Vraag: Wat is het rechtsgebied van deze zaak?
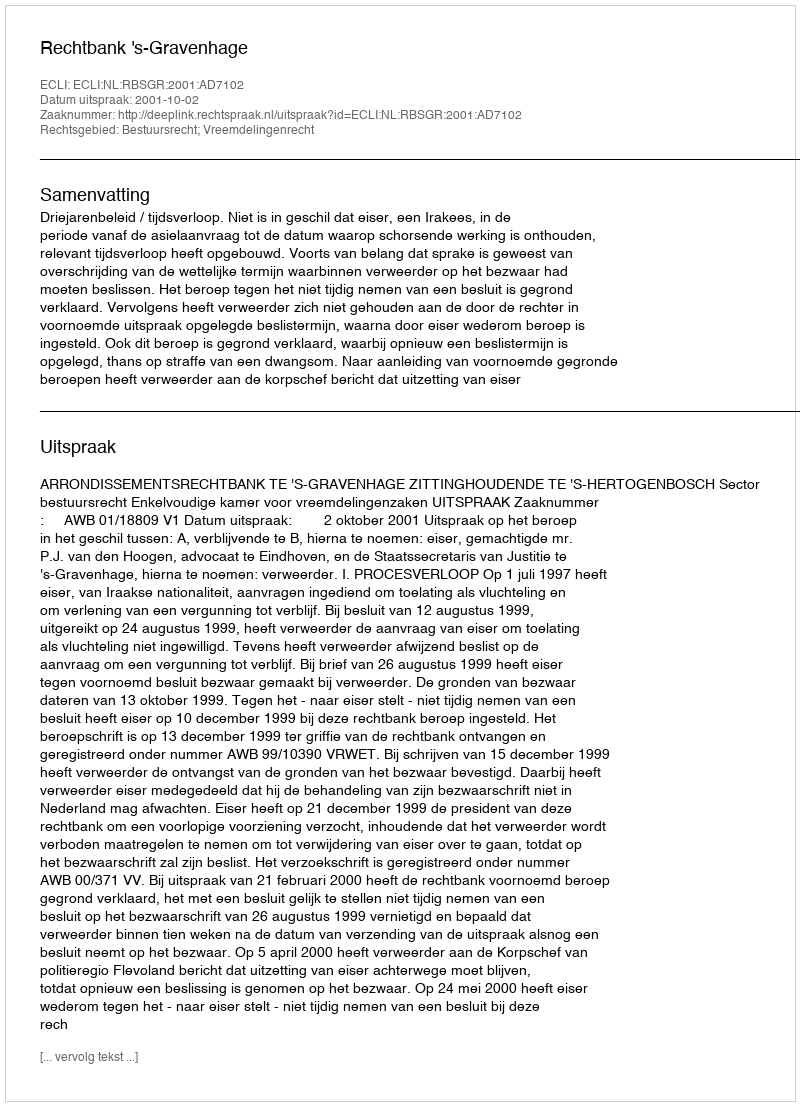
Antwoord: Bestuursrecht; Vreemdelingenrecht